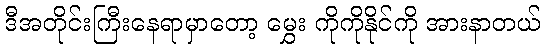
ဒီအတိုင်းကြီးနေရာမှာတော့ မွှေး ကိုကိုနိုင်ကို အားနာတယ်